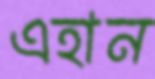
এহান